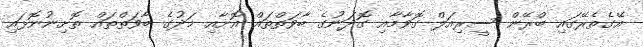
އޭގެތެރޭގައި ބްރޭން ސީރިއަލް ގޮވާމާއި ގޮދަނުގެ ބާވަތްތައް އޮށާއި މަދުގެ ބާވަތްތައް ތޮށިނުނޮޅައި